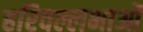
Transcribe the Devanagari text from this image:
हरिवल्लभाओं